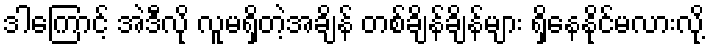
ဒါကြောင့် အဲဒီလို လူမရှိတဲ့အချိန် တစ်ချိန်ချိန်များ ရှိနေနိုင်မလားလို့